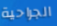
الجراحية